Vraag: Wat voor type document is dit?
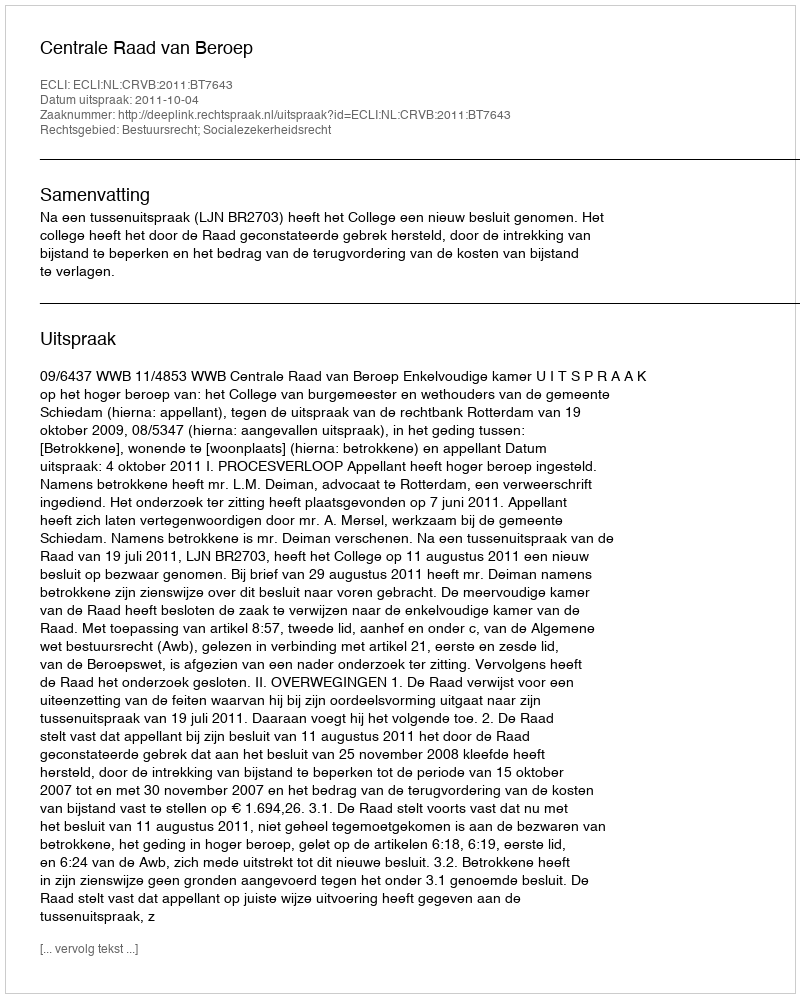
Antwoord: Uitspraak